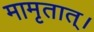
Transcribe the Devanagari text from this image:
मामृतात्‌।